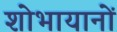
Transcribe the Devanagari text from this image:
शोभायानों